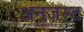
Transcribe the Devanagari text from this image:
अनजस्ट